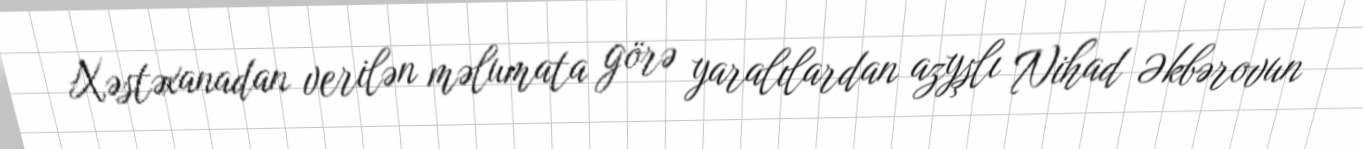
Xəstəxanadan verilən məlumata görə yaralılardan azyşlı Nihad Əkbərovun